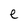
Character: e